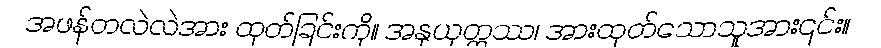
အဖန်တလဲလဲအား ထုတ်ခြင်းကို။ အနုယုတ္တဿ၊ အားထုတ်သောသူအား၎င်း။